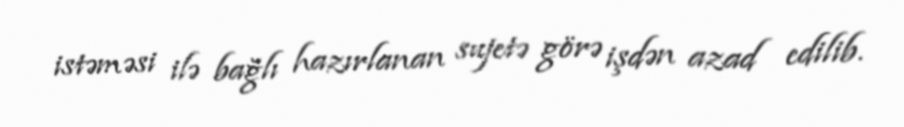
istəməsi ilə bağlı hazırlanan sujetə görə işdən azad edilib.